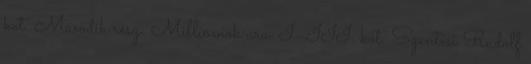
köt. Második rész: Milliomok ura. I–III. köt. Szentesi Rudolf